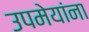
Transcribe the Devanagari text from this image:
उपमेयांना